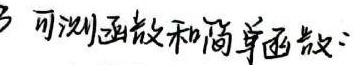
3. 可测函数和简单函数：